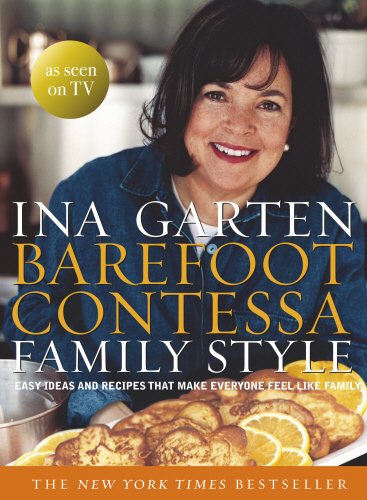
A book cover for Barefoot Contessa Family Style: Easy Ideas and Recipes That Make Everyone Feel Like Family; Ina Garten; Cookbooks, Food & Wine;